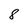
Character: 8